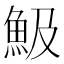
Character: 魥